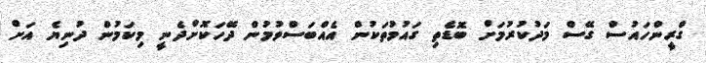
ގްރީންހައުސް ގޭސް މަދުކުރުމަށް ބޮޑެތި ގައުމުތަކުން އެއްބަސްވުމުން ދޭހަކޮށްދެނީ މިކަމުން ދުނިޔެ އަށް